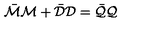
\bar { \cal M } { \cal M } + \bar { \cal D } { \cal D } = \bar { \cal Q } { \cal Q }